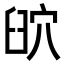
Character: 𦥨